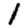
Digit: 1